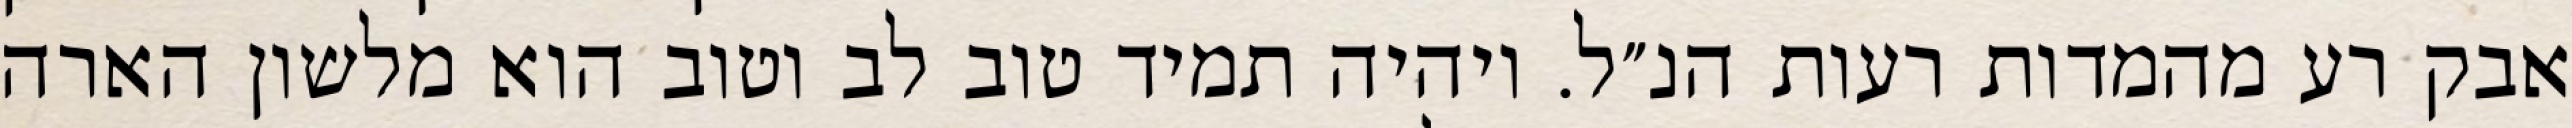
אבק רע מהמדות רעות הנ״ל. ויהיה תמיד טוב לב וטוב הוא מלשון הארה